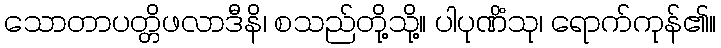
သောတာပတ္တိဖလာဒီနိ၊ စသည်တို့သို့။ ပါပုဏိံသု၊ ရောက်ကုန်၏။